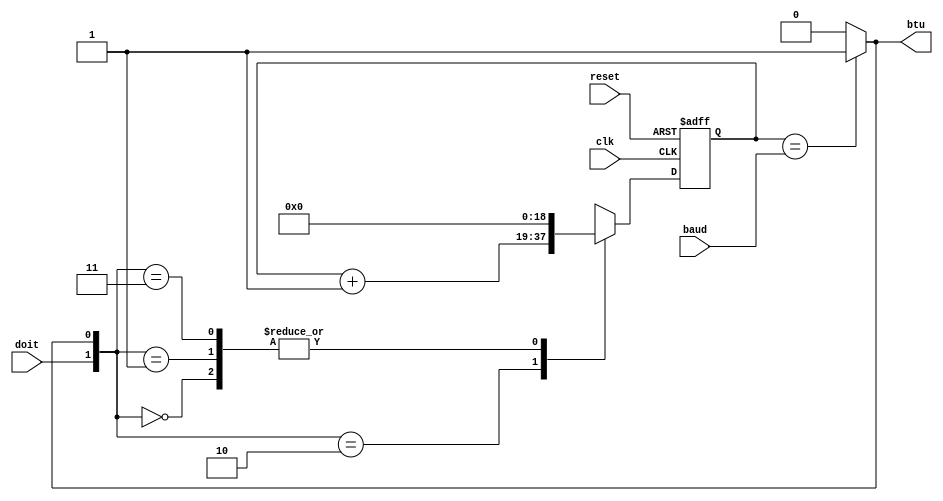
`timescale 1ns / 1ps
//***************************************************************//
//                                                               //
// Created by       Jesus Franco                                 //
// Copyright  2020 Jesus Franco on 10/15/2020 01:44:00 PM       //
//                                                               //
//                                                               //
// In submitting this file for class work at CSULB               //
// I am confirming that this is my work and the work             //
// of no one else. In submitting this code I acknowledge that    //
// plagiarism in student project work is subject to dismissal.   //
// from the class                                                //
// Dependencies:                                                 //
//***************************************************************//

module bitCounter_baud(
    input clk,              // 100MHz clock
    input reset,            // asynchronous reset with synchronous de-assertion
    input doit,             // 1/2 of the select for the mux
    input [18:0] baud,
    //input [3:0] baud_value, // baud value select
    output wire btu         // 1/2 of the select for the mux
    );
reg [18:0] Q, D;            // I/O flops
//reg [18:0] baud;            // mux out register named baud

// btu logic will output '1' if counter reaches baud total value, else '0'
assign btu = (Q == baud) ? 1'b1 : 1'b0; 

// Sequential logic of a 19 bit flip flop
always@(posedge clk, posedge reset)
    if(reset)
        Q <= 19'b0;
    else
        Q <= D;

// Combo logic for the bit counter 2to1 mux    
always@(*)
    case ( {doit, btu} )
        2'b00  : D = 19'b0;
        2'b01  : D = 19'b0; 
        2'b10  : D = Q + 19'b1;
        2'b11  : D = 19'b0;
        default: D = 19'b0;
    endcase
    
endmodule